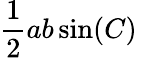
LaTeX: {\frac{1}{2}}ab\sin(C)\,